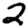
Digit: 2